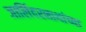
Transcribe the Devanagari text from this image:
जालिंदरनाथांच्या